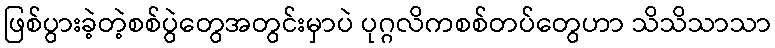
ဖြစ်ပွားခဲ့တဲ့စစ်ပွဲတွေအတွင်းမှာပဲ ပုဂ္ဂလိကစစ်တပ်တွေဟာ သိသိသာသာ